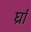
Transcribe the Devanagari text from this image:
र्घ्रां